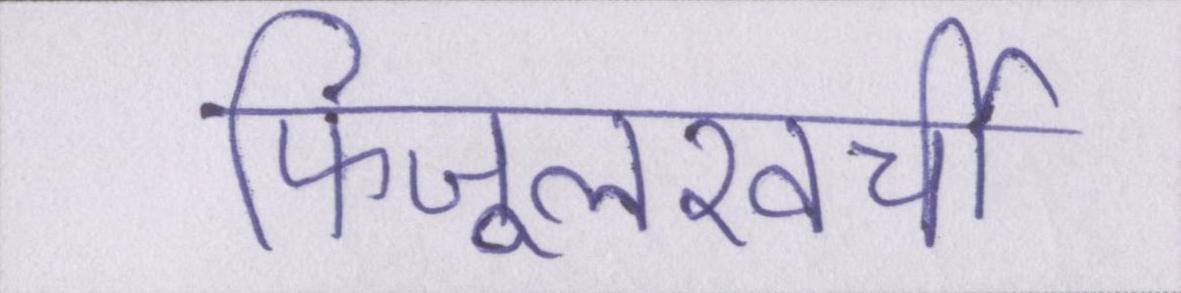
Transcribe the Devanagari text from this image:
फिजूलखर्ची